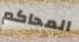
المحاكم